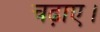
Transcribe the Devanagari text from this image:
चढ़ाए।